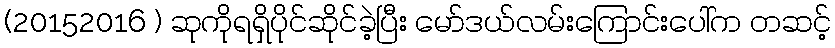
(20152016 ) ဆုကိုရရှိပိုင်ဆိုင်ခဲ့ပြီး မော်ဒယ်လမ်းကြောင်းပေါ်က တဆင့်